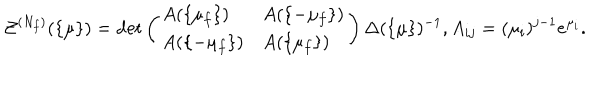
LaTeX: { \cal Z } ^ { ( N _ { f } ) } ( \{ \mu \} ) = \det \left( \begin{array} { l l } { { A ( \{ \mu _ { f } \} ) } } & { { A ( \{ - \mu _ { f } \} ) } } \\ { { A ( \{ - \mu _ { f } \} ) } } & { { A ( \{ \mu _ { f } \} ) } } \\ \end{array} \right) \Delta ( \{ \mu \} ) ^ { - 1 } , A _ { i j } = ( \mu _ { i } ) ^ { j - 1 } e ^ { \mu _ { i } } .